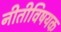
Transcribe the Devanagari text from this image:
नीतीविषयक